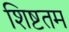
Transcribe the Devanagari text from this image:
शिष्टतम